Scottish Leaving Certificate Examination, 1960
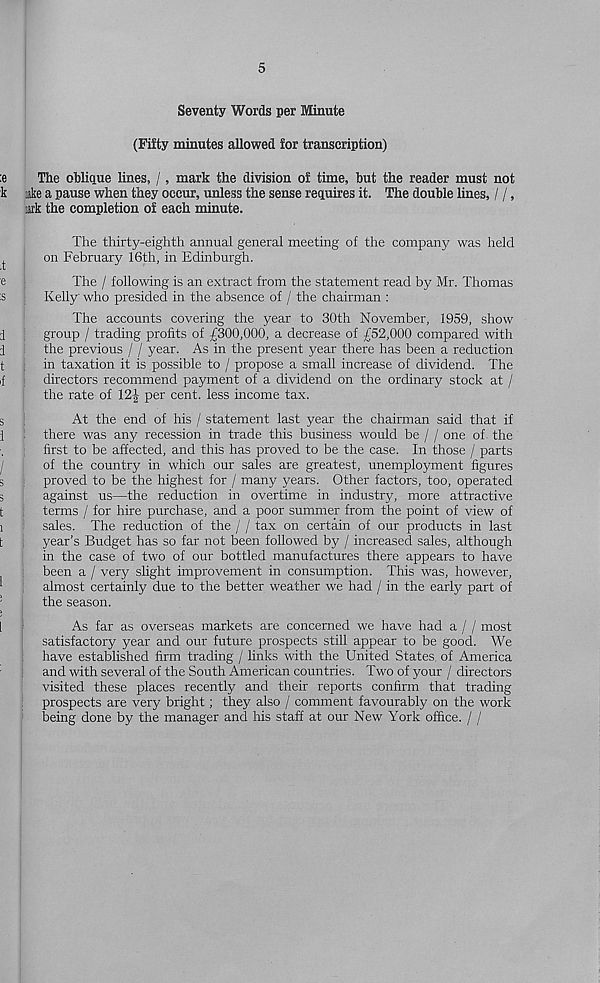
5
Seventy Words per Minute
(Fifty minutes allowed for transcription)
The oblique lines, /, mark the division of time, hut the reader must not
ake a pause when they occur, unless the sense requires it. The double lines, / /,
lark the completion of each minute.
The thirty-eighth annual general meeting of the company was held
on February 16th, in Edinburgh.
The / following is an extract from the statement read by Mr. Thomas
Kelly who presided in the absence of / the chairman :
The accounts covering the year to 30th November, 1959, show
group / trading profits of £300,000, a decrease of £52,000 compared with
the previous / / year. As in the present year there has been a reduction
in taxation it is possible to / propose a small increase of dividend. The
directors recommend payment of a dividend on the ordinary stock at /
the rate of 12-|- per cent, less income tax.
At the end of his / statement last year the chairman said that if
there was any recession in trade this business would be / / one of the
first to be affected, and this has proved to be the case. In those / parts
of the country in which our sales are greatest, unemployment figures
proved to be the highest for / many years. Other factors, too, operated
against us—the reduction in overtime in industry, more attractive
terms / for hire purchase, and a poor summer from the point of view of
sales. The reduction of the / / tax on certain of our products in last
year’s Budget has so far not been followed by / increased sales, although
in the case of two of our bottled manufactures there appears to have
been a / very slight improvement in consumption. This was, however,
almost certainly due to the better weather we had / in the early part of
the season.
As far as overseas markets are concerned we have had a / / most
satisfactory year and our future prospects still appear to be good. We
have established firm trading / links with the United States, of America
and with several of the South American countries. Two of your / directors
visited these places recently and their reports confirm that trading
prospects are very bright; they also / comment favourably on the work
being done by the manager and his staff at our New York office. / /